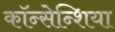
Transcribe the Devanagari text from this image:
कॉन्सेन्शिया